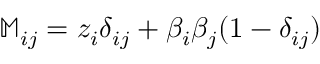
\mathbb { M } _ { i j } = z _ { i } \delta _ { i j } + \beta _ { i } \beta _ { j } ( 1 - \delta _ { i j } )